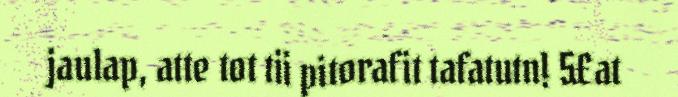
jaulap, atte tot tii pitorafit tafatutn! 5£at